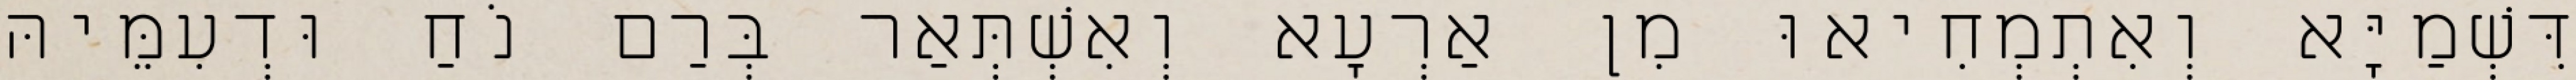
דִּשְׁמַיָּא וְאִתְמְחִיאוּ מִן אַרְעָא וְאִשְׁתְּאַר בְּרַם נֹחַ וּדְעִמֵּיהּ